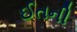
ઈતની